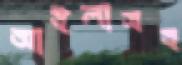
আইলাসহ